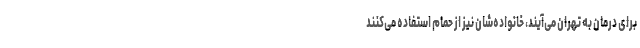
برای درمان به تهران می‌آیند، خانواده‌شان نیز از حمام استفاده می‌کنند